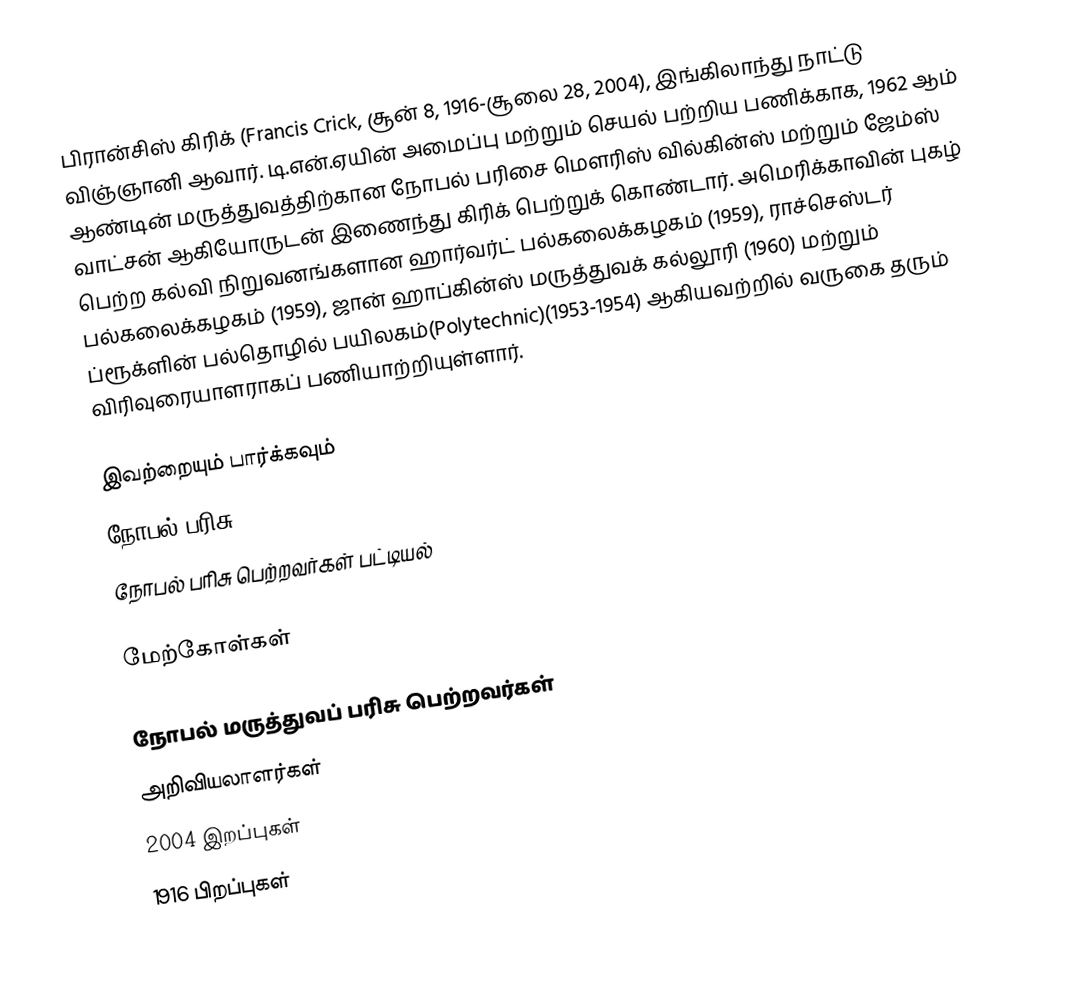
பிரான்சிஸ் கிரிக் (Francis Crick, சூன் 8, 1916-சூலை 28, 2004), இங்கிலாந்து நாட்டு விஞ்ஞானி ஆவார். டி.என்.ஏயின் அமைப்பு மற்றும் செயல் பற்றிய பணிக்காக, 1962 ஆம் ஆண்டின் மருத்துவத்திற்கான நோபல் பரிசை மௌரிஸ் வில்கின்ஸ் மற்றும் ஜேம்ஸ் வாட்சன் ஆகியோருடன் இணைந்து கிரிக் பெற்றுக் கொண்டார். அமெரிக்காவின் புகழ் பெற்ற கல்வி நிறுவனங்களான ஹார்வர்ட் பல்கலைக்கழகம் (1959), ராச்செஸ்டர் பல்கலைக்கழகம் (1959), ஜான் ஹாப்கின்ஸ் மருத்துவக் கல்லூரி (1960) மற்றும் ப்ரூக்ளின் பல்தொழில் பயிலகம்(Polytechnic)(1953-1954) ஆகியவற்றில் வருகை தரும் விரிவுரையாளராகப் பணியாற்றியுள்ளார்.

இவற்றையும் பார்க்கவும்
நோபல் பரிசு
நோபல் பரிசு பெற்றவர்கள் பட்டியல்

மேற்கோள்கள்

நோபல் மருத்துவப் பரிசு பெற்றவர்கள்
அறிவியலாளர்கள்
2004 இறப்புகள்
1916 பிறப்புகள்